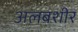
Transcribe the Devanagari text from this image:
अलबशीर